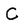
Character: C